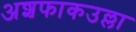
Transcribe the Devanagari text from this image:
अशफाकउल्ला